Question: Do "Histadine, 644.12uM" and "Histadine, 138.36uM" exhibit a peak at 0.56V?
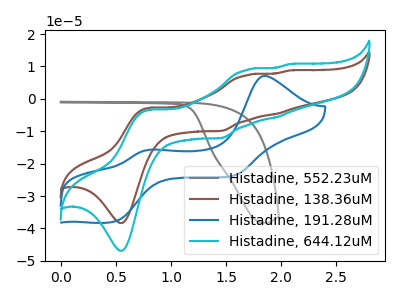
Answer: <think>The gray curve "Histadine, 552.23uM" has no peaks. The brown curve "Histadine, 138.36uM" has anodic peaks at (0.80V, -2.75uA) (1.70V, 7.35uA) (1.95V, -4.60uA) (2.05V, 8.75uA) and cathodic peaks at (0.55V, -38.30uA) (1.45V, -9.90uA). The blue curve "Histadine, 191.28uM" has anodic peaks at (1.85V, 7.10uA) (0.80V, -15.70uA) and cathodic peaks at (0.50V, -37.80uA) (1.55V, -23.75uA). The cyan curve "Histadine, 644.12uM" has anodic peaks at (0.80V, -3.35uA) (1.70V, 9.00uA) (1.95V, -5.65uA) (2.05V, 10.70uA) and cathodic peaks at (0.55V, -46.90uA) (1.45V, -12.10uA).</think>
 <answer>Yes, "Histadine, 644.12uM" and "Histadine, 138.36uM" share a peak at 0.56V.</answer>
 <eval>match</eval>